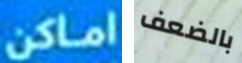
اماكن بالضعف